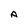
Character: A